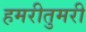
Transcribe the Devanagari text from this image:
हमरीतुमरी